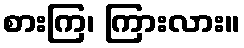
စားကြ၊ ကြားလား။